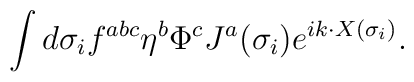
\int d\sigma_i f^{abc}\eta^b \Phi^cJ^{a}(\sigma_i)e^{ik\cdot X(\sigma_i)}.